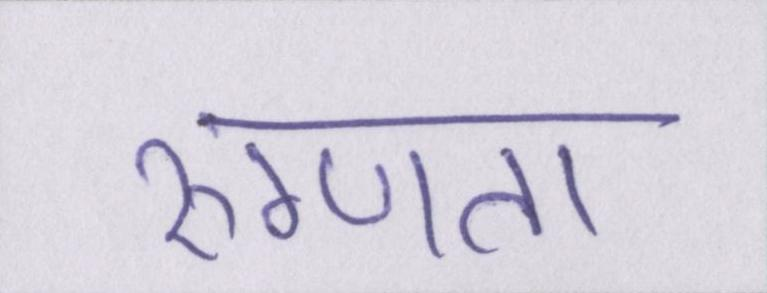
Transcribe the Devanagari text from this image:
रुग्णता